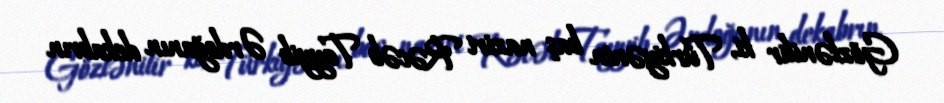
Gözlənilir ki, Türkiyənin baş naziri Rəcəb Tayyib Ərdoğanın dekabrın